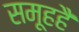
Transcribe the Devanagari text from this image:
समूहहै